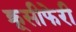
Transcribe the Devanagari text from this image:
क्रूसीफेरी